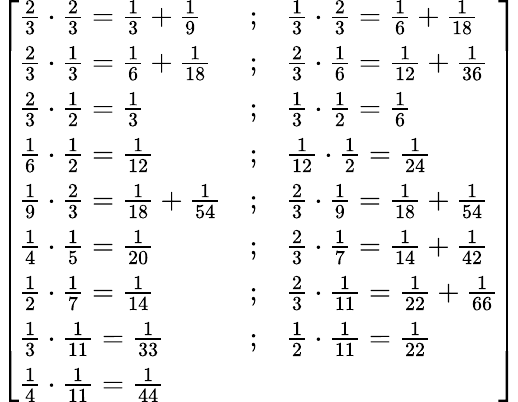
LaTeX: {\left[\begin{array}{lll}{{\frac{2}{3}}\cdot{\frac{2}{3}}={\frac{1}{3}}+{\frac{1}{9}}}&{;}&{{\frac{1}{3}}\cdot{\frac{2}{3}}={\frac{1}{6}}+{\frac{1}{18}}}\\ {{\frac{2}{3}}\cdot{\frac{1}{3}}={\frac{1}{6}}+{\frac{1}{18}}}&{;}&{{\frac{2}{3}}\cdot{\frac{1}{6}}={\frac{1}{12}}+{\frac{1}{36}}}\\ {{\frac{2}{3}}\cdot{\frac{1}{2}}={\frac{1}{3}}}&{;}&{{\frac{1}{3}}\cdot{\frac{1}{2}}={\frac{1}{6}}}\\ {{\frac{1}{6}}\cdot{\frac{1}{2}}={\frac{1}{12}}}&{;}&{{\frac{1}{12}}\cdot{\frac{1}{2}}={\frac{1}{24}}}\\ {{\frac{1}{9}}\cdot{\frac{2}{3}}={\frac{1}{18}}+{\frac{1}{54}}}&{;}&{{\frac{2}{3}}\cdot{\frac{1}{9}}={\frac{1}{18}}+{\frac{1}{54}}}\\ {{\frac{1}{4}}\cdot{\frac{1}{5}}={\frac{1}{20}}}&{;}&{{\frac{2}{3}}\cdot{\frac{1}{7}}={\frac{1}{14}}+{\frac{1}{42}}}\\ {{\frac{1}{2}}\cdot{\frac{1}{7}}={\frac{1}{14}}}&{;}&{{\frac{2}{3}}\cdot{\frac{1}{11}}={\frac{1}{22}}+{\frac{1}{66}}}\\ {{\frac{1}{3}}\cdot{\frac{1}{11}}={\frac{1}{33}}}&{;}&{{\frac{1}{2}}\cdot{\frac{1}{11}}={\frac{1}{22}}}\\ {{\frac{1}{4}}\cdot{\frac{1}{11}}={\frac{1}{44}}}&&\end{array}\right]}